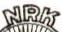
NRK